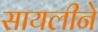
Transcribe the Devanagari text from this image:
सायलीने